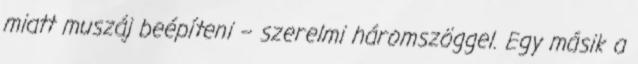
miatt muszáj beépíteni – szerelmi háromszöggel. Egy másik a